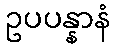
ဥပပန္နာနံ